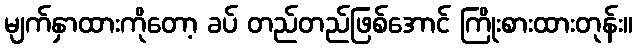
မျက်နှာထားကိုတော့ ခပ် တည်တည်ဖြစ်အောင် ကြိုးစားထားတုန်း။